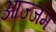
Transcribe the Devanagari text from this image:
आज्जम